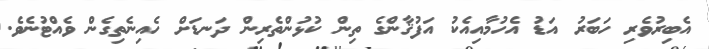
އެބިރުވެރި ހަބަރު އަޑު އެހުމާއިއެކު އަފުޤާންގެ ތިން ކުޅުންތެރިން ދަނޑަށް ހެއިނެތިގެން ވެއްޓުނެވެ.